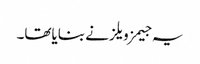
یہ جیمز ویلز نے بنایاتھا۔